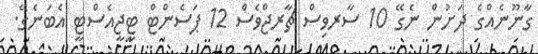
ގާނޫނެއްގެ ދަށުން ނެގޭ 10 ސާރވިސް ޗާރޖްވެސް 12 ޕަސެންޓް ޓީޖީއެސްޓީ އެބަނެގޭ.